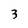
Character: 3